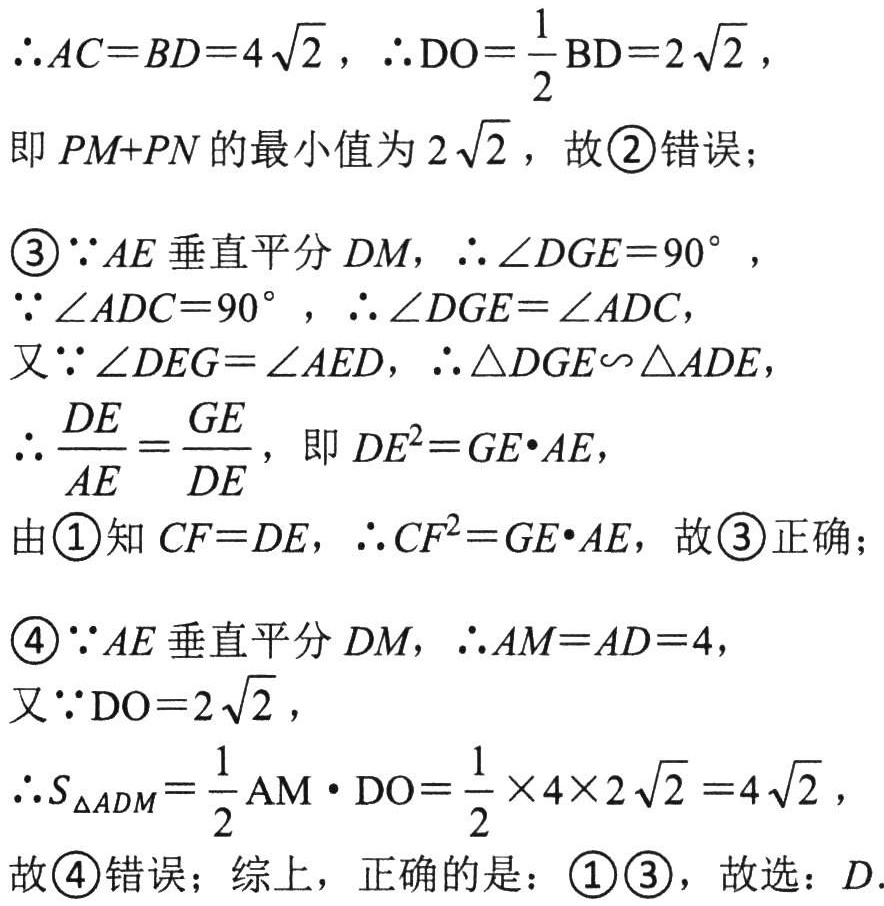
$\therefore AC = BD = 4\sqrt{2}，\therefore \mathrm{DO}=\frac{1}{2}\mathrm{BD}=2\sqrt{2}，$

即 \(PM + PN\) 的最小值为 \(2\sqrt{2}\)，故 \textcircled{2} 错误；

\textcircled{3} \(\because AE\) 垂直平分 \(DM\)，\(\therefore \angle DGE = 90^{\circ}\)，

\(\because \angle ADC = 90^{\circ}\)，\(\therefore \angle DGE=\angle ADC\)，

又 \(\because \angle DEG=\angle AED\)，\(\therefore \triangle DGE\sim\triangle ADE\)，

\(\therefore \frac{DE}{AE}=\frac{GE}{DE}\)，即 \(DE^{2}=GE\cdot AE\)，

由 \textcircled{1} 知 \(CF = DE\)，\(\therefore CF^{2}=GE\cdot AE\)，故 \textcircled{3} 正确；

\textcircled{4} \(\because AE\) 垂直平分 \(DM\)，\(\therefore AM = AD = 4\)，

又 \(\because \mathrm{DO}=2\sqrt{2}\)，

\(\therefore S_{\triangle ADM}=\frac{1}{2}\mathrm{AM}\cdot\mathrm{DO}=\frac{1}{2}\times 4\times 2\sqrt{2}=4\sqrt{2}\)，

故 \textcircled{4} 错误；综上，正确的是：\textcircled{1}\textcircled{3}，故选：\(D\).